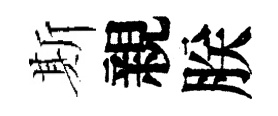
斯親朕